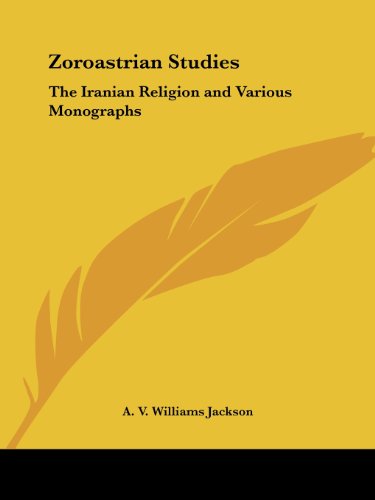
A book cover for Zoroastrian Studies: The Iranian Religion and Various Monographs; A. V. Williams Jackson; Religion & Spirituality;